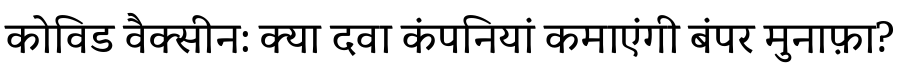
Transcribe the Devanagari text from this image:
कोविड वैक्सीन: क्या दवा कंपनियां कमाएंगी बंपर मुनाफ़ा?